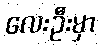
လေးဦးမှာ